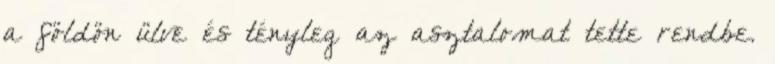
a földön ülve és tényleg az asztalomat tette rendbe.